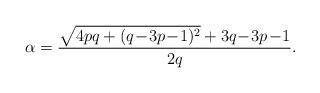
LaTeX: \begin{align*}\alpha = \frac{\sqrt{4pq + (q \!-\! 3p \!-\! 1)^2} + 3q \!-\! 3p \!-\! 1}{2q}.\end{align*}